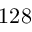
1 2 8